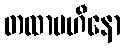
တထာပဟီနော